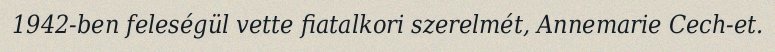
1942-ben feleségül vette fiatalkori szerelmét, Annemarie Cech-et.